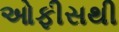
ઓફીસથી